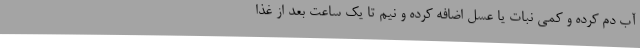
آب دم کرده و کمی نبات یا عسل اضافه کرده و نیم تا یک ساعت بعد از غذا